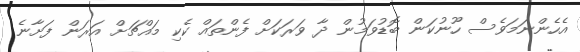
އެހެންނަމަވެސް ހޫނުކަން ބޮޑުވަމުން ދާ ވަރަކަށް ފެންތައް ކެކި މައްޗަށް އަރަން ފަށާނެ